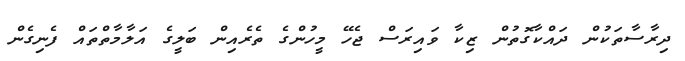
ދިރާސާތަކުން ދައްކާގޮތުން ޒިކާ ވައިރަސް ޖެހޭ މީހުންގެ ތެރެއިން ބަލީގެ އަލާމާތްތައް ފެނިގެން